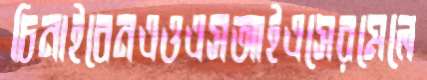
চিনাইবেনএওএসআইএসেরমেলে